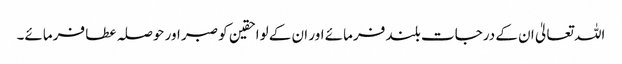
اللہ تعالیٰ ان کے درجات بلند فرمائے اور ان کے لواحقین کو صبر اور حوصلہ عطا فرمائے۔